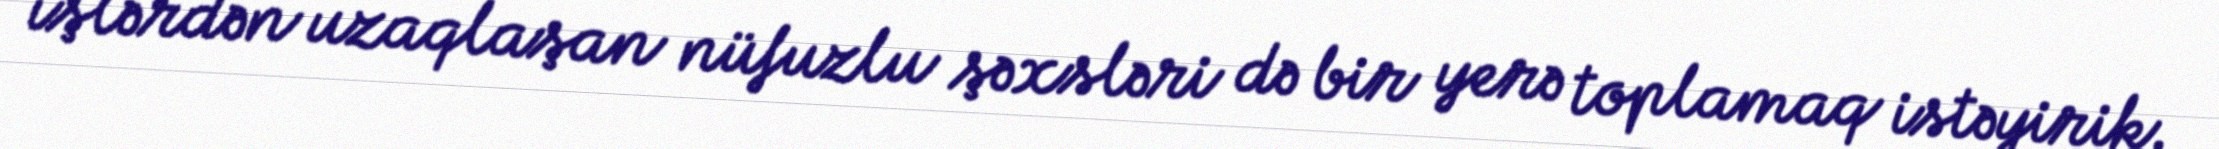
işlərdən uzaqlaşan nüfuzlu şəxsləri də bir yerə toplamaq istəyirik.